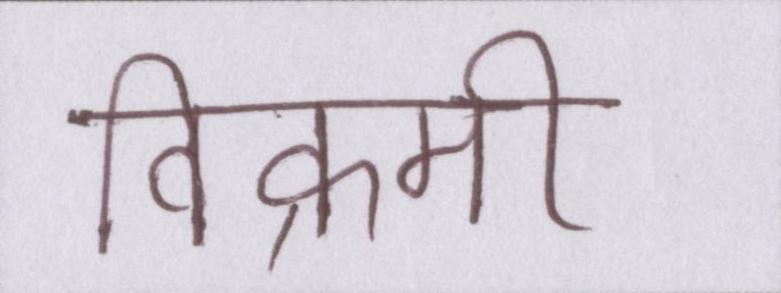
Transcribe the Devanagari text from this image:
विक्रमी